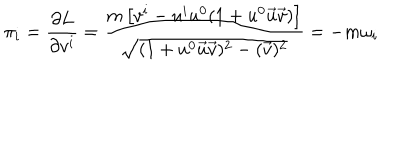
\pi _ { i } = \frac { \partial L } { \partial v ^ { i } } = \frac { { m } \left[ v ^ { i } - u ^ { i } u ^ { 0 } ( 1 + u ^ { 0 } \vec { u } \vec { v } ) \right] } { \sqrt { ( 1 + u ^ { 0 } \vec { u } \vec { v } ) ^ { 2 } - ( \vec { v } ) ^ { 2 } } } = - m \omega _ { i }